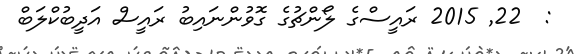
:  22